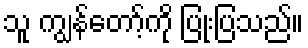
သူ ကျွန်တော့်ကို ပြုံးပြသည်။